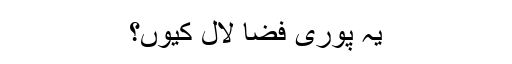
یہ پوری فضا لال کیوں؟